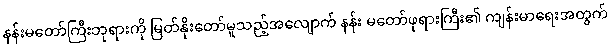
နန်းမတော်ကြီးဘုရားကို မြတ်နိုးတော်မူသည့်အလျောက် နန်း မတော်ဖုရားကြီး၏ ကျန်းမာရေးအတွက်